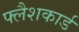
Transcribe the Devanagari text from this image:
फ्लैशकार्ड